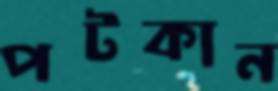
পটকান